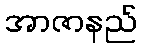
အာဇာနည်